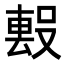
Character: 𭮻